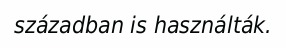
században is használták.